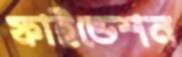
ফাইন্ডেশন